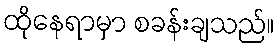
ထိုနေရာမှာ စခန်းချသည်။